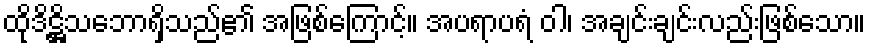
ထိုဒိဋ္ဌိသဘောရှိသည်၏ အဖြစ်ကြောင့်။ အပရာပရံ ဝါ၊ အချင်းချင်းလည်းဖြစ်သော။